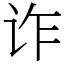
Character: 诈